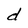
Character: d